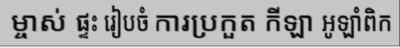
ម្ចាស់ ផ្ទះ រៀបចំ ការប្រកួត កីឡា អូឡាំពិក